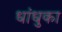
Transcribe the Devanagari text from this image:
धांधुका